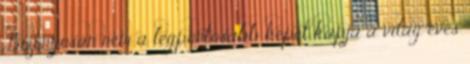
Bizonyosan nem a legpontosabb képet kapja a világ éves